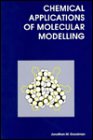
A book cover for Chemical Applications of Molecular Modelling; Jonathan M. Goodman; Science & Math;